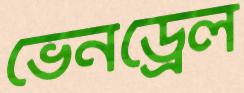
ভেনড্রেল